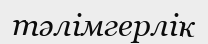
тәлімгерлік